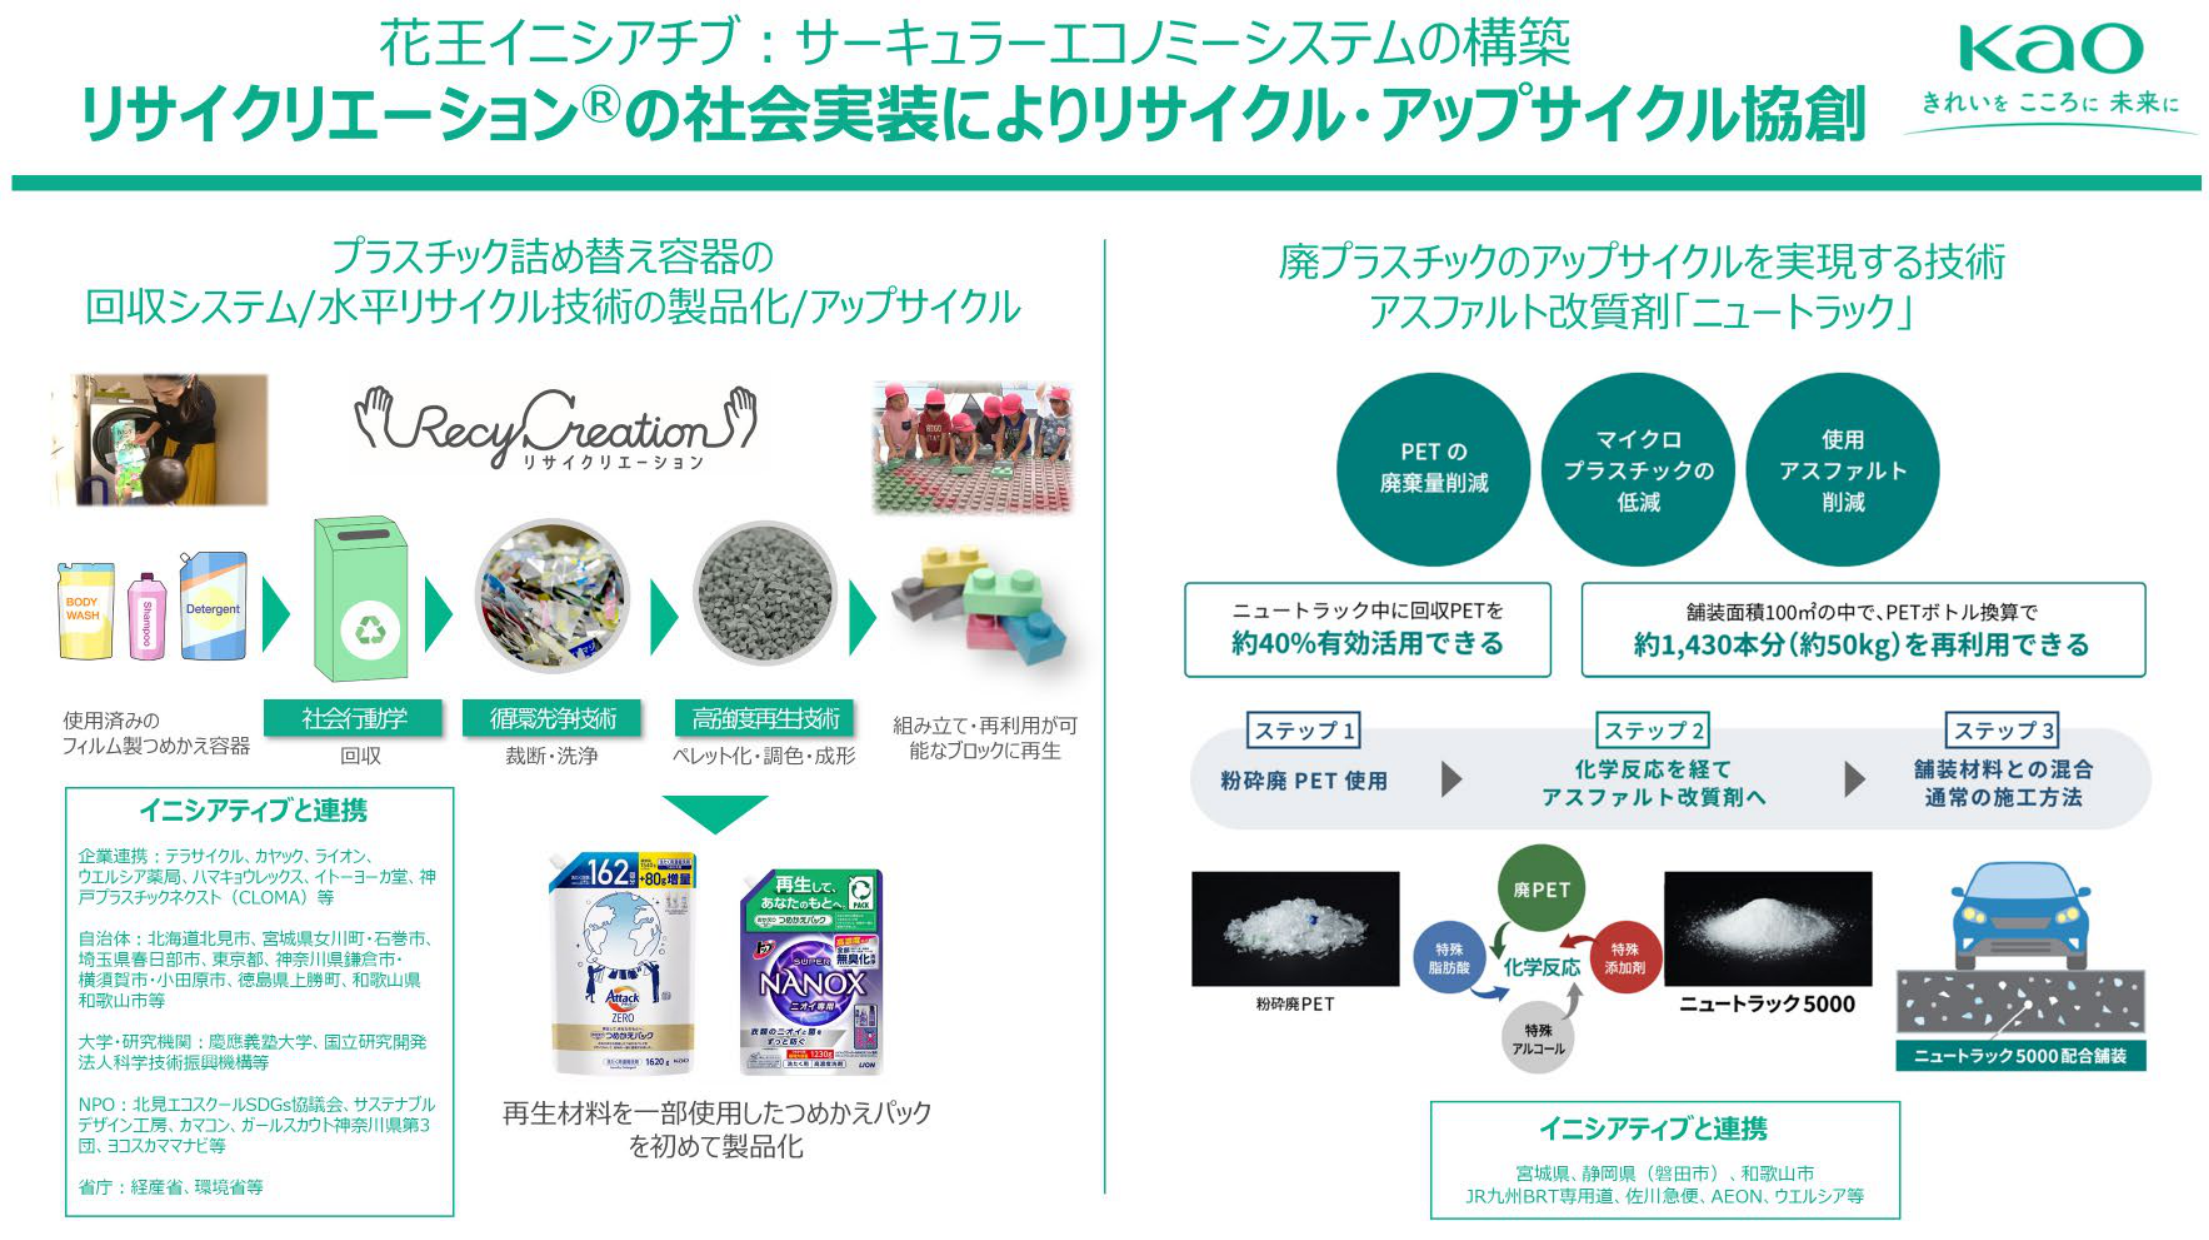
花王イニシアチブ：サーキュラーエコノミーシステムの構築
リサイクリエーション®の社会実装によりリサイクル・アップサイクル協創

kao
きれいを こころに 未来に

プラスチック詰め替え容器の
回収システム/水平リサイクル技術の製品化/アップサイクル

RecyCreation
リサイクリエーション

BODY WASH
Shampoo
Detergent

使用済みの
フィルム製つめかえ容器

社会行動学
回収

循環先争技術
裁断・洗浄

高強度再生技術
ペレット化・調色・成形

組み立て・再利用が可
能なブロックに再生

イニシアティブと連携
企業連携：テラサイクル、カヤック、ライオン、
ウエルシア薬局、ハマキョウレックス、イトーヨーカ堂、神
戸プラスチックネクスト（CLOMA）等
自治体：北海道北見市、宮城県女川町・石巻市、
埼玉県春日部市、東京都、神奈川県鎌倉市・
横須賀市・小田原市、徳島県上勝町、和歌山県
和歌山市等
大学・研究機関：慶應義塾大学、国立研究開発
法人科学技術振興機構等
NPO：北見エコスクールSDGs協議会、サステナブル
デザイン工房、カマコン、ガールスカウト神奈川県第3
団、ヨコスカママナビ等
省庁：経産省、環境省等

162
+80g増量
Attack
ZERO
1620g
KAO

再生して、
あなたのちとへ
NANOX
無臭化
ライオン

再生材料を一部使用したつめかえパック
を初めて製品化

廃プラスチックのアップサイクルを実現する技術
アスファルト改質剤「ニュートラック」

PET の
廃棄量削減

マイクロ
プラスチックの
低減

使用
アスファルト
削減

ニュートラック中に回収PETを
約40%有効活用できる

舗装面積100㎡の中で、PETボトル換算で
約1,430本分（約50kg）を再利用できる

ステップ1
粉砕廃 PET 使用

ステップ2
化学反応を経て
アスファルト改質剤へ

ステップ3
舗装材料との混合
通常の施工方法

粉砕廃PET

廃PET
化学反応
特殊
脂肪酸
特殊
添加剤
特殊
アルコール

ニュートラック5000

ニュートラック5000配合舗装

イニシアティブと連携
宮城県、静岡県（磐田市）、和歌山市
JR九州BRT専用道、佐川急便、AEON、ウエルシア等